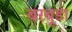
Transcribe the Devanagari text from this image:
बरबूडा